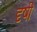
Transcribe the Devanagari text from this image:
दृषी